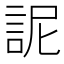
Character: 䛏